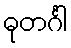
ဓုတင်္ဂါ